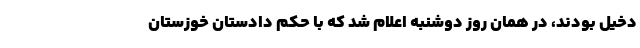
دخیل بودند، در همان روز دوشنبه اعلام شد که با حکم دادستان خوزستان